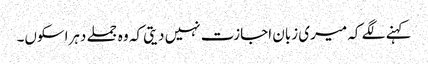
کہنے لگے کہ میری زبان اجازت نہیں دیتی کہ وہ جملے دہراسکوں۔